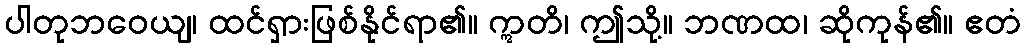
ပါတုဘဝေယျ၊ ထင်ရှားဖြစ်နိုင်ရာ၏။ ဣတိ၊ ဤသို့။ ဘဏထ၊ ဆိုကုန်၏။ ဧတံ